Report on vaccination North-West Frontier Province 1904-1922 - 1904-1922
Year: 1904
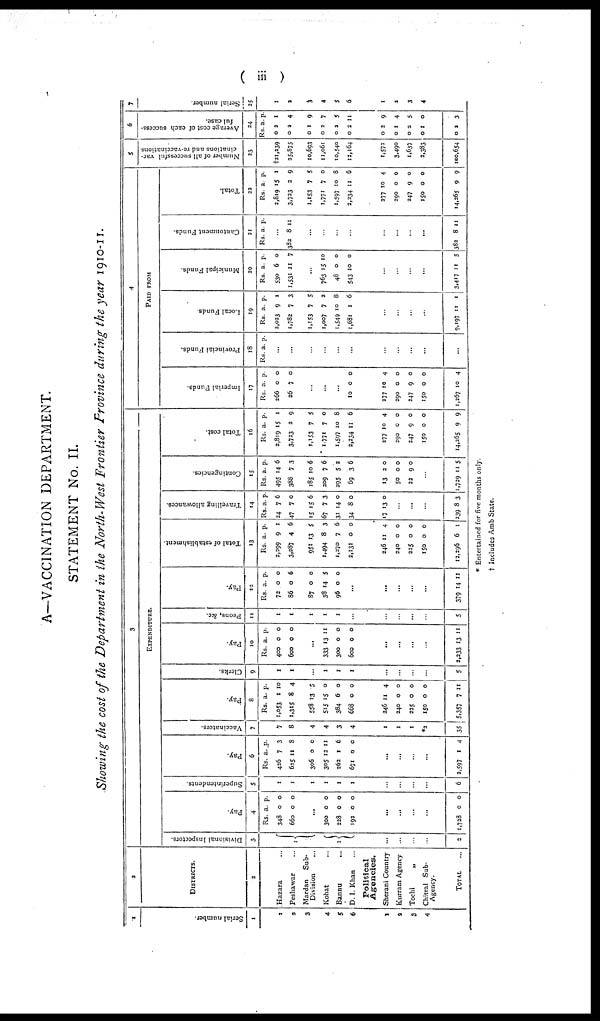
( iii )
A—VACCINATION DEPARTMENT.
STATEMENT No. II.
Showing the cost of the Department in the North-West Frontier Province during the year 1910-11.
1
Serial number.
1
1
2
3
4
5
6
1
2
3
4
2
DISTRICTS.
2
Hazara ...
Peshawar ...
Mardan Sub-
Division ...
Kohat ...
Bannu ...
D. I. Khan ...
Political
Agencies.
Sherani Country
Kurram Agency
Tochi
„
Chitral Sub-
Agency.
TOTAL ...
3
EXPENDITURE.
Divisional Inspectors.
3
1
1
...
...
...
...
2
Pay.
4
Rs.
348
660
a.
0
0
p.
0
0
...
300
228
192
0
0
0
0
0
0
...
...
...
...
1,728 0 0
Superintendents.
5
1
1
1
1
1
1
...
...
...
...
6
Pay.
6
Rs.
426
625
306
305
262
671
a.
7
11
0
12
1
0
p.
3
8
0
11
6
0
...
...
...
...
2,597 1 4
Vaccinators.
7
7
8
4
4
3
4
1
1
1
*2
35
Pay.
8
Rs.
1,053
1,315
558
515
384
668
a.
1
8
13
15
6
0
p.
10
4
5
0
0
0
246
240
225
150
5,357
11
0
0
0
7
4
0
0
0
11
Clerks.
9
1
1
...
1
1
1
...
...
...
...
5
Pay.
10
Rs.
400
600
a.
0
0
p.
0
0
...
333
300
600
13
0
0
11
0
0
...
...
...
...
2,233 13 11
Peons, &c.
11
1
1
1
1
1
...
...
...
...
...
5
Pay.
12
Rs.
72
86
87
38
96
a.
0
0
0
14
0
p.
0
6
0
5
0
...
...
...
...
...
379 14 11
Total of establishment.
13
Rs.
2,299
3,287
951
1,494
1,270
2,131
a.
9
4
13
8
7
0
p.
1
6
5
3
6
0
246
240
225
150
12,296
11
0
0
0
6
4
0
0
0
1
Travelling allowances.
14
Rs.
24
47
15
67
31
34
a.
7
7
15
7
14
8
p.
6
0
6
3
0
0
17 13 0
...
...
...
239 8 3
Contingencies.
15
Rs.
495
388
185
209
295
69
a.
14
7
10
7
5
3
p.
6
3
6
6
2
6
13
50
22
2
0
9
0
0
0
...
1,729 11 5
Total cost.
16
Rs.
2,819
3,723
1,153
1,771
1,597
2,234
a.
15
2
7
7
10
11
p.
1
9
5
0
8
6
277
290
247
150
14,265
10
0
9
0
9
4
0
0
0
9
4
PAID FROM
Imperial Funds.
17
Rs.
266
26
a.
0
7
p.
0
0
...
...
...
10
0
0
277
290
247
150
1,267
10
0
9
0
10
4
0
0
0
4
Provincial Funds.
18
Rs. a. p.
...
...
...
...
...
...
...
...
...
...
...
Local Funds.
19
Rs.
2,023
1,782
1,153
1,007
1,549
1,081
a.
9
7
7
7
10
1
p.
1
3
5
2
8
6
...
...
...
...
9,197 11 1
Municipal Funds.
20
Rs.
530
1,531
a.
6
11
p.
0
7
...
763
48
543
15
0
10
10
0
0
...
...
...
...
3,417 11 5
Cantonment Funds.
21
Rs. a. p.
...
382 8 11
...
...
...
...
...
...
...
382 8 11
Total.
22
Rs.
2,819
3,723
1,153
1,771
1,597
3,234
a
15
2
7
7
10
11
p.
1
9
5
0
8
6
277
290
247
150
14,265
10
0
9
0
9
4
0
0
0
9
5
Number of all successful vac-
cinations and re-vaccinations
23
†21,239
25,875
10,693
11,061
10,540
12,164
1,572
3,490
1,637
2,383
100,654
6
Average cost of each success-
ful case.
24
Rs.
0
0
0
0
0
0
a.
1
2
1
3
3
2
p.
1
4
9
7
5
11
0
0
0
0
0
2
1
2
1
2
9
4
5
0
3
7
Serial number.
25
1
2
3
4
5
6
1
2
3
4
* Entertained for five months only.
† Includes Amb State.